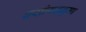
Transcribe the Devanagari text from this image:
वसीयतनुमा